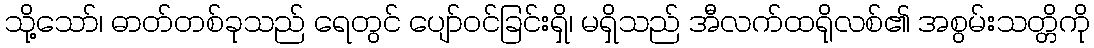
သို့သော်၊ ဓာတ်တစ်ခုသည် ရေတွင် ပျော်ဝင်ခြင်းရှိ၊ မရှိသည် အီလက်ထရိုလစ်၏ အစွမ်းသတ္တိကို